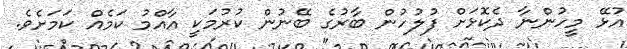
އުޅޭ މީހުންނާ ދެކޮޅަށް ފުލުހުން ބާރުގެ ބޭނުން ކުރުމަކީ އާއްމު ކަމެއް ކަމަށެވެ.